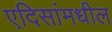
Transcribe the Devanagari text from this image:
एदिसांमधील